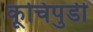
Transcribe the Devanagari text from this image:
कूचिपुडी